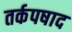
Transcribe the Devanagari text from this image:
तर्कपषाद